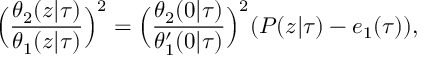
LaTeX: \Big ( \frac { \theta _ { 2 } ( z | \tau ) } { \theta _ { 1 } ( z | \tau ) } \Big ) ^ { 2 } = \Big ( \frac { \theta _ { 2 } ( 0 | \tau ) } { \theta _ { 1 } ^ { \prime } ( 0 | \tau ) } \Big ) ^ { 2 } ( { \cal P } ( z | \tau ) - e _ { 1 } ( \tau ) ) ,